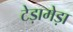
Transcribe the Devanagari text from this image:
टेड़ामेड़ा